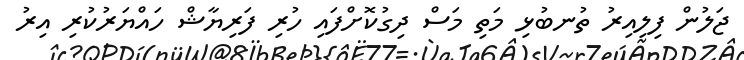
ޖަލުން ފިލިއިރު ތުނބުޅި މަތި މަސް ދިގުކޮށްފައި ހުރި ފަރިޔާޝް ހައްޔަރުކުރި އިރު